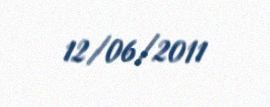
12/06/2011